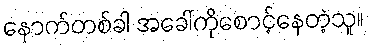
နောက်တစ်ခါ အခေါ်ကိုစောင့်နေတဲ့သူ။